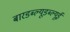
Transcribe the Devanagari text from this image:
बारडब्ल्यूडब्ल्यूई